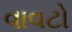
વાવટો